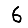
Digit: 6